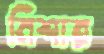
মিশার